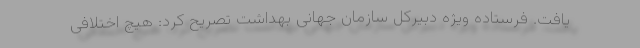
یافت. فرستاده ویژه دبیرکل سازمان جهانی بهداشت تصریح کرد: هیچ اختلافی